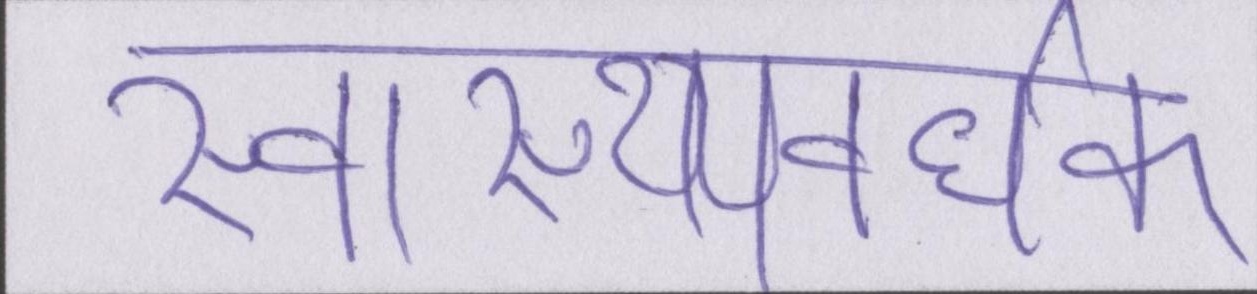
स्वास्थ्यवर्धक